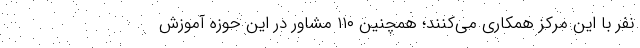
نفر با این مرکز همکاری می‌کنند؛ همچنین ۱۱۰ مشاور در این حوزه آموزش